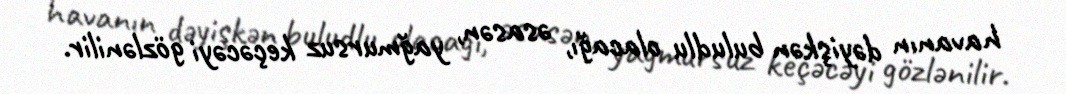
havanın dəyişkən buludlu olacağı, əsasən, yağmursuz keçəcəyi gözlənilir.